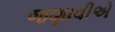
જણાવીએ